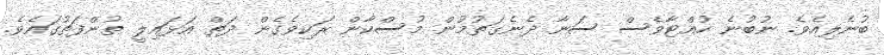
ބުނެލިއެވެ. ނުބުނެ ހުއްޓާވެސް ސަނާ ދެނެގަތުމުން މުސްކާން ރަކިވެގެން ދަތް އަޅައިލީ ތުންފަތުގައެވެ.